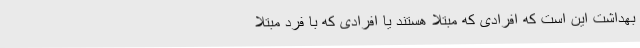
بهداشت این است که افرادی که مبتلا هستند یا افرادی که با فرد مبتلا